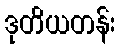
ဒုတိယတန်း